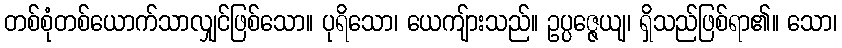
တစ်စုံတစ်ယောက်သာလျှင်ဖြစ်သော။ ပုရိသော၊ ယေကျ်ားသည်။ ဥပ္ပဇ္ဇေယျ၊ ရှိသည်ဖြစ်ရာ၏။ သော၊